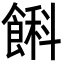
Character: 𩜭